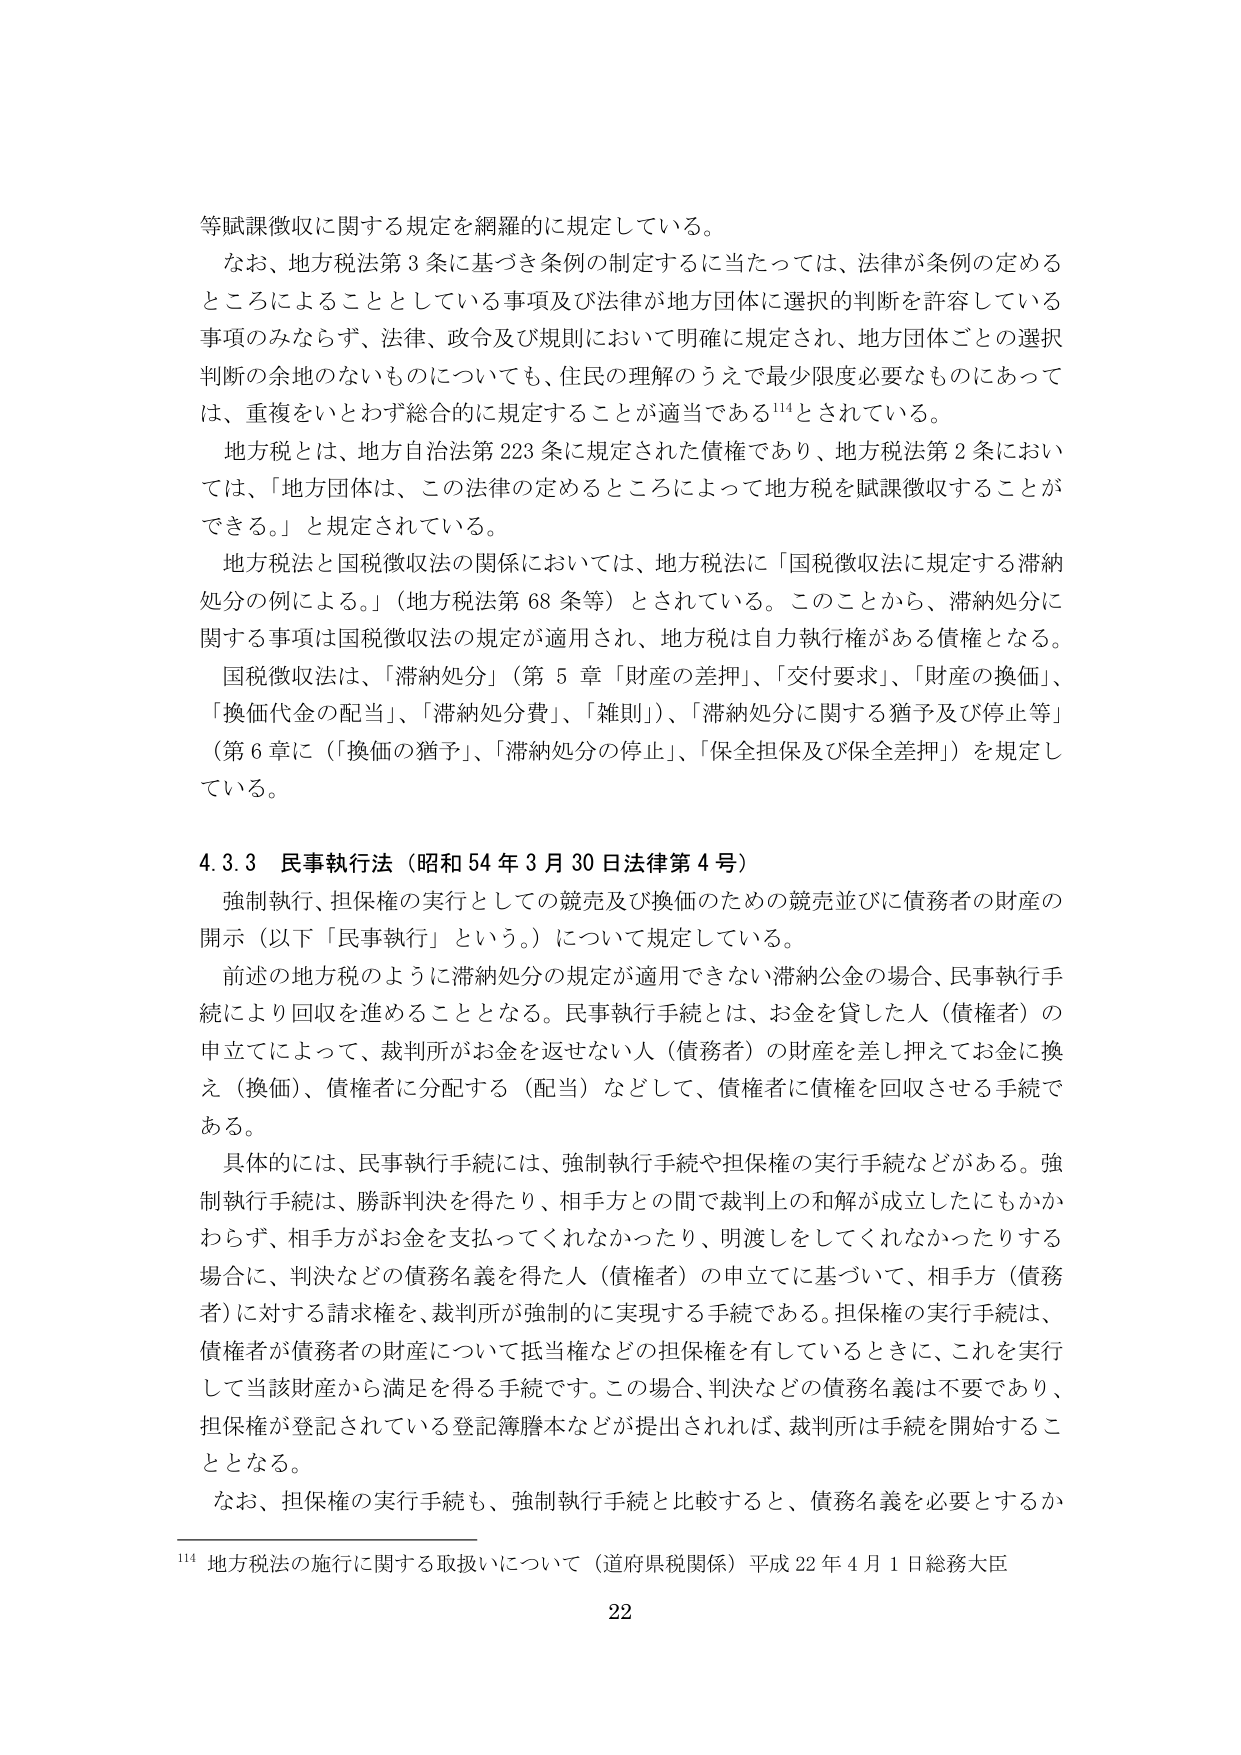
等賦課徴収に関する規定を網羅的に規定している。

なお、地方税法第3条に基づき条例の制定するに当たっては、法律が条例の定めるところによることとしている事項及び法律が地方団体に選択的判断を許容している事項のみならず、法律、政令及び規則において明確に規定され、地方団体ごとの選択判断の余地のないものについても、住民の理解のうえで最少限度必要なものにあっては、重複をいとわず総合的に規定することが適当である¹¹⁴とされている。

地方税とは、地方自治法第223条に規定された債権であり、地方税法第2条においては、「地方団体は、この法律の定めるところによって地方税を賦課徴収することができる。」と規定されている。

地方税法と国税徴収法の関係においては、地方税法に「国税徴収法に規定する滞納処分の例による。」（地方税法第68条等）とされている。このことから、滞納処分に関する事項は国税徴収法の規定が適用され、地方税は自力執行権がある債権となる。

国税徴収法は、「滞納処分」（第5章「財産の差押」、「交付要求」、「財産の換価」、「換価代金の配当」、「滞納処分費」、「雑則」）、「滞納処分に関する猶予及び停止等」（第6章に「換価の猶予」、「滞納処分の停止」、「保全担保及び保全差押」）を規定している。

4.3.3 民事執行法（昭和54年3月30日法律第4号）

強制執行、担保権の実行としての競売及び換価のための競売並びに債務者の財産の開示（以下「民事執行」という。）について規定している。

前述の地方税のように滞納処分の規定が適用できない滞納公金の場合、民事執行手続により回収を進めることとなる。民事執行手続とは、お金を貸した人（債権者）の申立てによって、裁判所がお金を返せない人（債務者）の財産を差し押えてお金に換え（換価）、債権者に分配する（配当）などして、債権者に債権を回収させる手続である。

具体的には、民事執行手続には、強制執行手続や担保権の実行手続などがある。強制執行手続は、勝訴判決を得たり、相手方との間で裁判上の和解が成立したにもかかわらず、相手方がお金を支払ってくれなかったり、明渡しをしてくれなかったりする場合に、判決などの債務名義を得た人（債権者）の申立てに基づいて、相手方（債務者）に対する請求権を、裁判所が強制的に実現する手続である。担保権の実行手続は、債権者が債務者の財産について抵当権などの担保権を有しているときに、これを実行して当該財産から満足を得る手続です。この場合、判決などの債務名義は不要であり、担保権が登記されている登記簿謄本などが提出されれば、裁判所は手続を開始することとなる。

なお、担保権の実行手続も、強制執行手続と比較すると、債務名義を必要とするか

¹¹⁴ 地方税法の施行に関する取扱いについて（道府県税関係）平成22年4月1日総務大臣

22